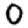
Digit: 0